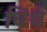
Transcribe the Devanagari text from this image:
घिर्थ